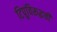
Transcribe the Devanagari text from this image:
टिपूविरूद्धची